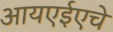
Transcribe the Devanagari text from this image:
आयएईएचे